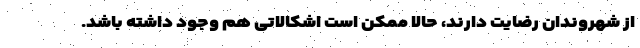
از شهروندان رضایت دارند، حالا ممکن است اشکالاتی هم وجود داشته باشد.